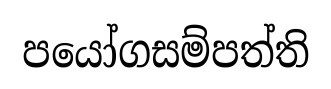
පයෝගසම්පත්ති